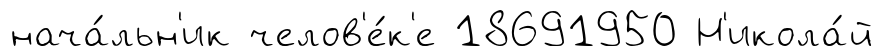
нача́льн'ик челов'е́к'е 18691950 Н'икола́й